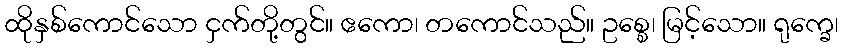
ထိုနှစ်ကောင်သော ငှက်တို့တွင်။ ဧကော၊ တကောင်သည်။ ဥစ္စေ၊ မြင့်သော။ ရုက္ခေ၊